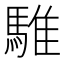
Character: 騅